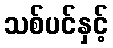
သစ်ပင်နှင့်